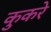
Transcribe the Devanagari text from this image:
कुकरे